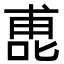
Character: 喸